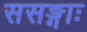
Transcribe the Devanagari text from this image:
ससङ्गाः